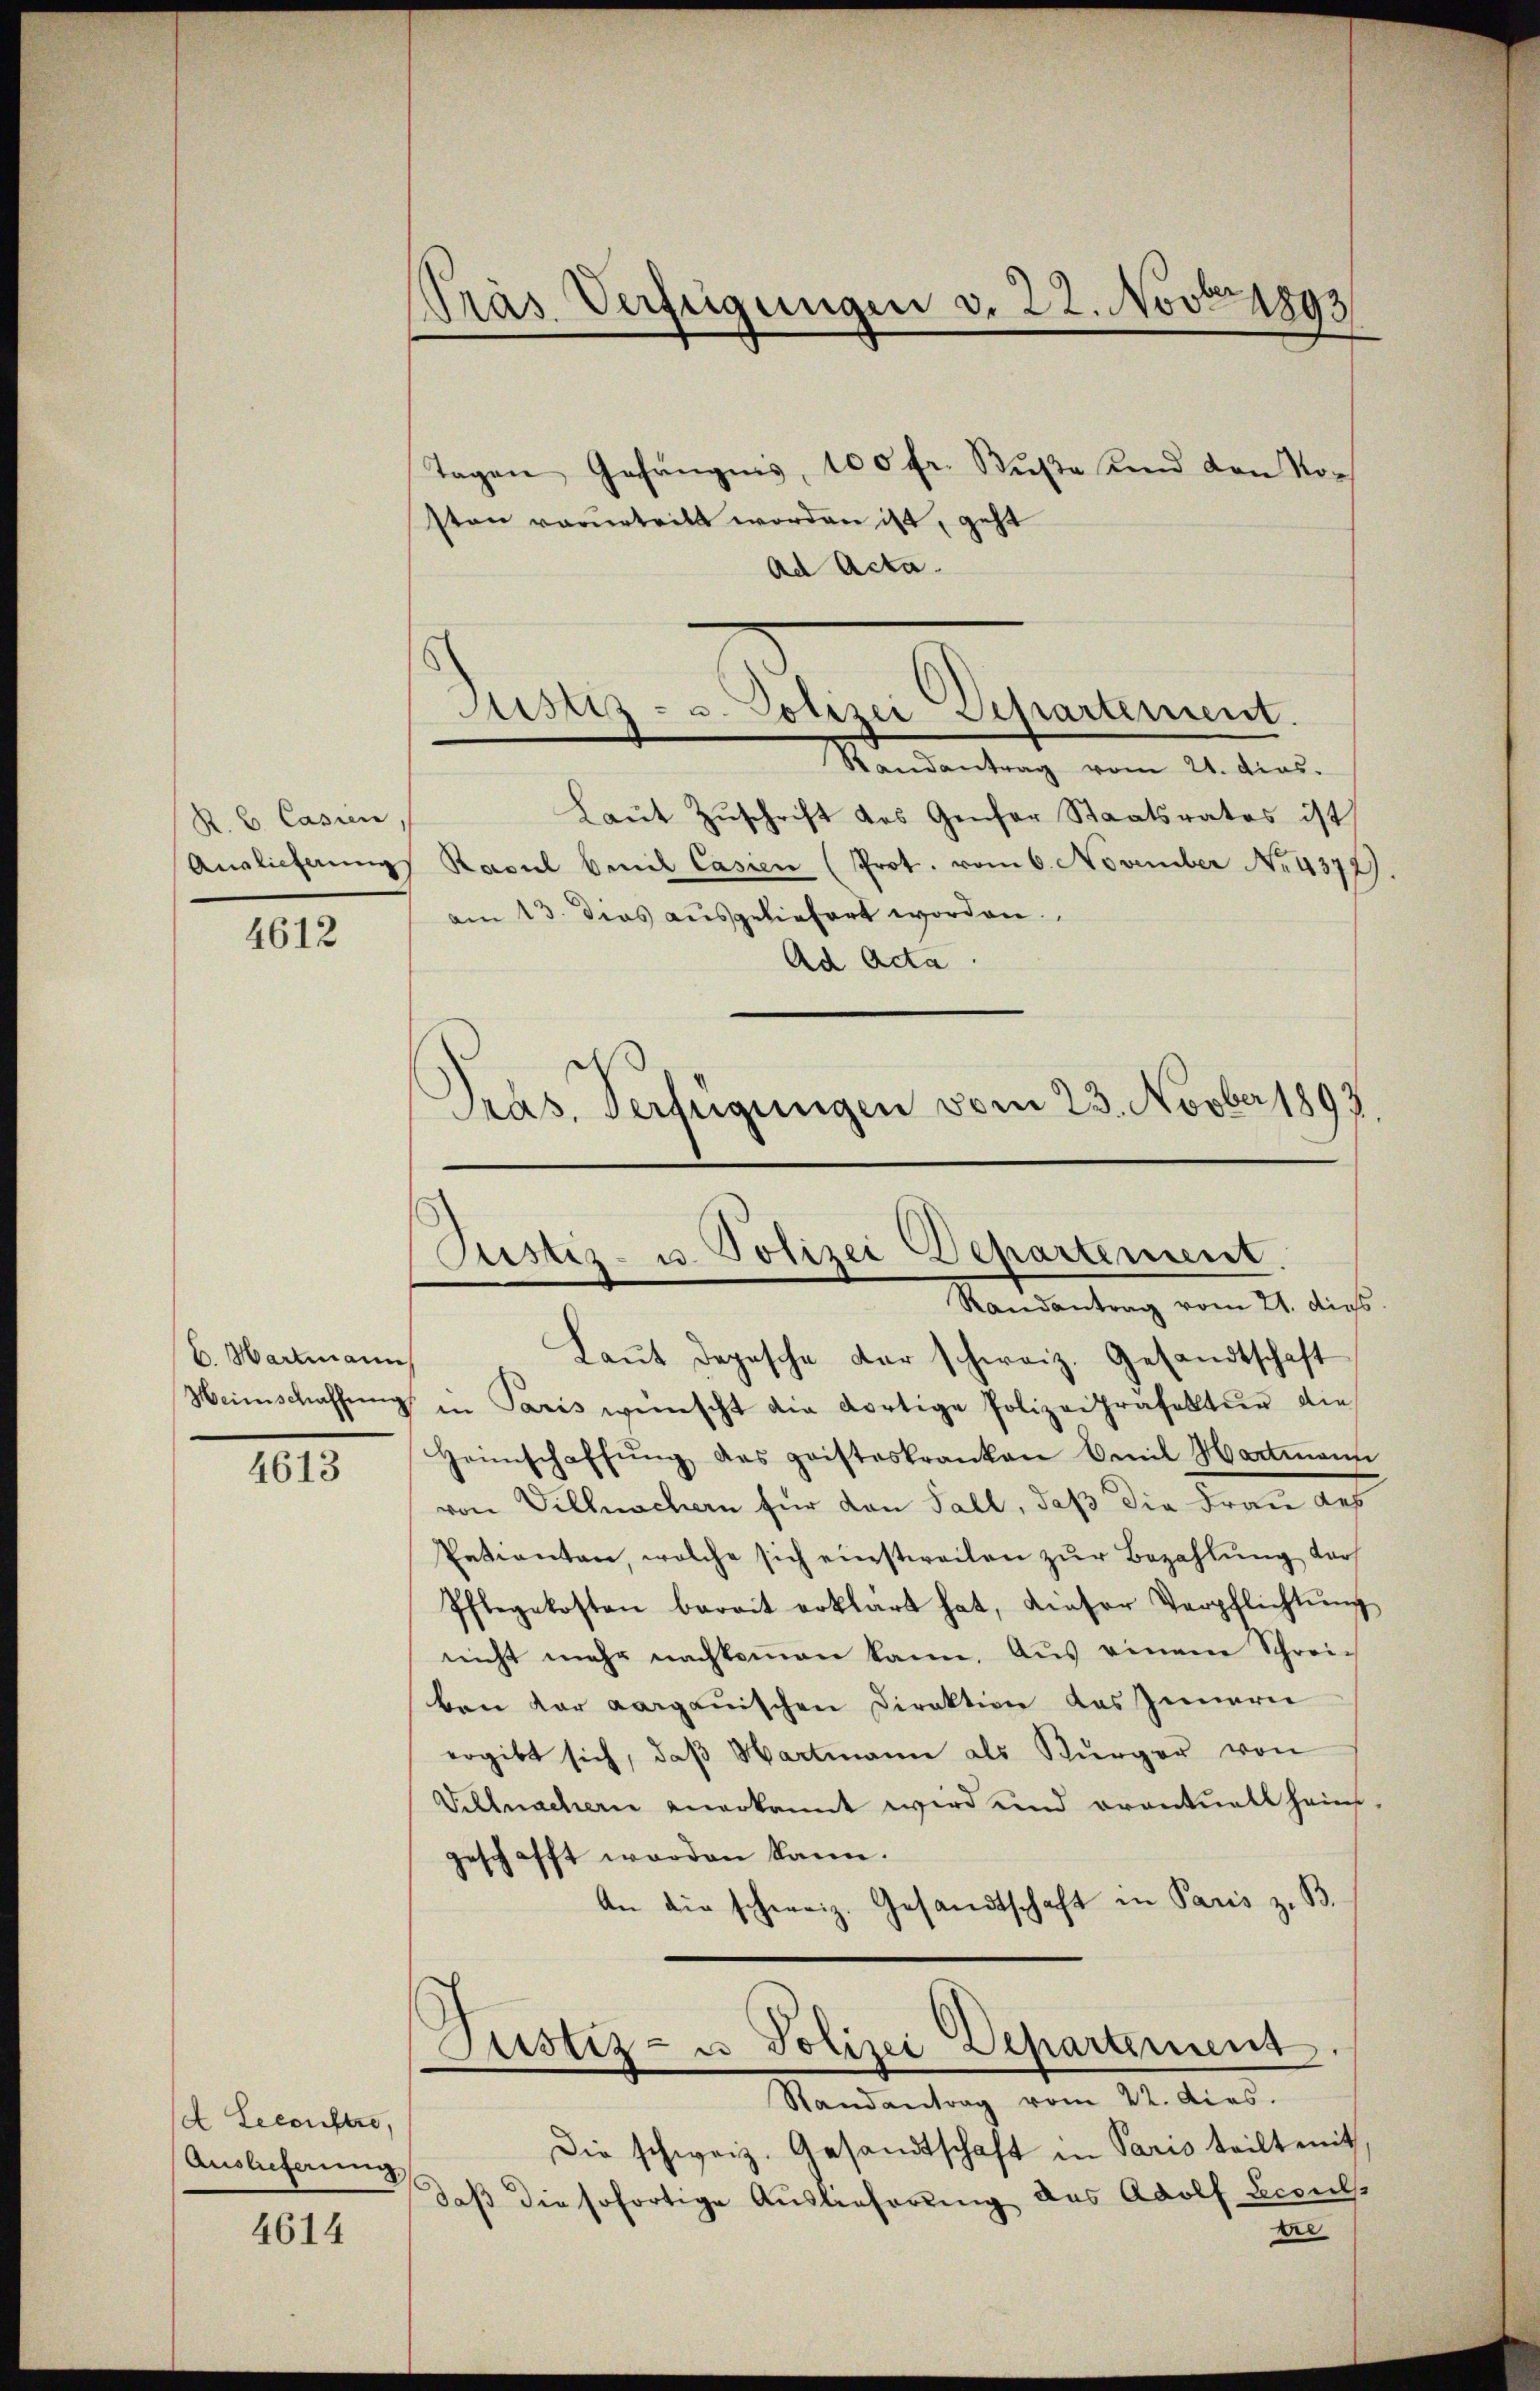
K. B. Cassen
Auslieferung

4612

C. Hartmann
Weinschaffung

4613

Leconstre,
Auslieferung

4614

Pras Verfügungen v. 22. Novbr 189

Tagen Gefängnis, 100 fr. Bŭβe und den Vor
sten verurteilt worden ist, geht
Ad Acta.
Laŭt Zŭschrift des Genfer Staatsrates ist
Rasul beit Cassen (Prot. vom 6. November No. 4372).
am 13. das ausgeliefert worden.
Ad Acta.
.
Pras. Verfügungen vom 23. Novber 1893

Laŭt Depesche der schweiz. Gesandtschaft
in Paris wünscht die dortige Polizeipräfektŭr die
Heimschaffŭng das gaisteskranken Emil Hartmann
von Villmachern für den Fall, daß die Frau des
Patienten, welche sich einstweilen zŭr Bezahlŭng darf
Pflegekosten bereit erklärt hat, dieser Verpflichtŭng
nicht mehr nachkommen kann. Aus einem Schrei-
ben der aargauischen Direktion das Innern
ergibt sich, daβ Hartmann als Bürger von
Villnachern anerkannt wird und oventuell heim-
geschafft worden kann.
An die schweiz. Gesandtschaft in Paris z. B.
Justiz- u Polizei Departemens
Randantrag vom 22. dies.
Die schweiz. Gesandtschaft in Paris teilt mit,
daß die sofortige Auslieferung des Adolf Scoul
tre

Justiz- u. Polizei Departement.
Mandentrag vom 21. das.

Justiz- u. Polizei Departement
Randantrag vom 21. dies